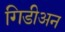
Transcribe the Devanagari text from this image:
गिडीअन